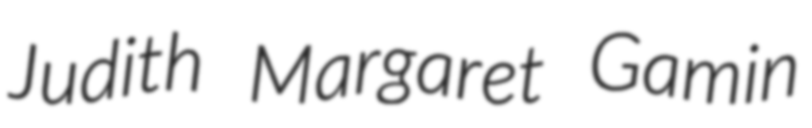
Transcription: Judith Margaret Gamin